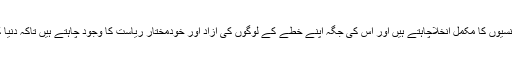
یہ پارٹی اپنے خطے سے امریکی افواج اور ایجنسیوں کا مکمل انخلاچاہتے ہیں اور اس کی جگہ اپنے خطے کے لوگوں کی آزاد اور خودمختار ریاست کا وجود چاہتے ہیں تاکہ دنیا کی اقوام میں انہیں جداگانہ شناخت میسر آ سکے۔